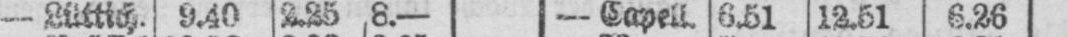
- Lüttich. 9.40 2.25 8.- - Sapell. 6.51 12.51 6.26